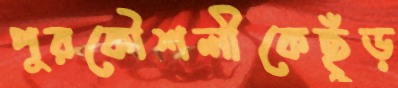
পুরকৌশলীকেছুঁড়